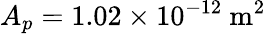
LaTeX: A_{p}=1.02\times 10^{-12}\ \mathrm{m}^{2}